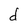
Character: d